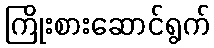
ကြိုးစားဆောင်ရွက်